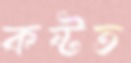
কষ্টত